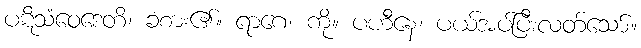
ပဋိသံဝေဒေတိ၊ ခံစား၏။ ရာဂေ၊ ကို။ ပဟီနေ၊ ပယ်အပ်ပြီးလတ်သော်။